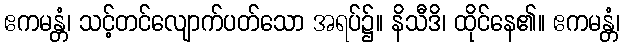
ဧကမန္တံ၊ သင့်တင်လျောက်ပတ်သော အရပ်၌။ နိသီဒိ၊ ထိုင်နေ၏။ ဧကမန္တံ၊